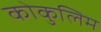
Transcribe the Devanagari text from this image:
कोकुलिम